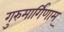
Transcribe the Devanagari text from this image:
गुरुमार्गिणाम्